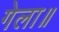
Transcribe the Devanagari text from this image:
गेला॥